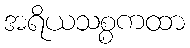
အရိယသစ္စကထာ